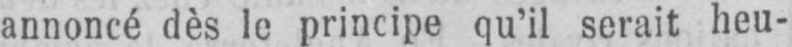
annoncé dès le principe qu’il serait heu-